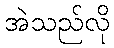
အဲသည်လို